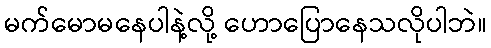
မက်မောမနေပါနဲ့လို့ ဟောပြောနေသလိုပါဘဲ။